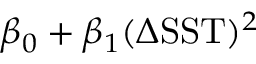
\beta _ { 0 } + \beta _ { 1 } ( \Delta \mathrm { S S T } ) ^ { 2 }